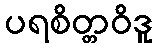
ပရစိတ္တဝိဒူ